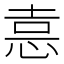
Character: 𭜶